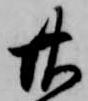
廿